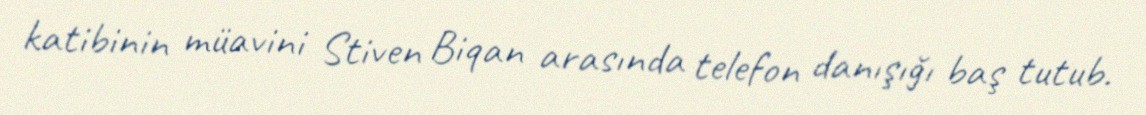
katibinin müavini Stiven Biqan arasında telefon danışığı baş tutub.